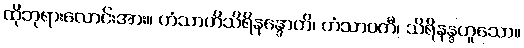
ထိုဘုရားလောင်းအား။ ဟံသာဟိသိရိနန္ဒောတိ၊ ဟံသာဝတီ၊ သိရိနန္ဒဟူသော။